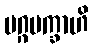
မဂ္ဂမက္ခာဟိ